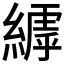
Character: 𮈺